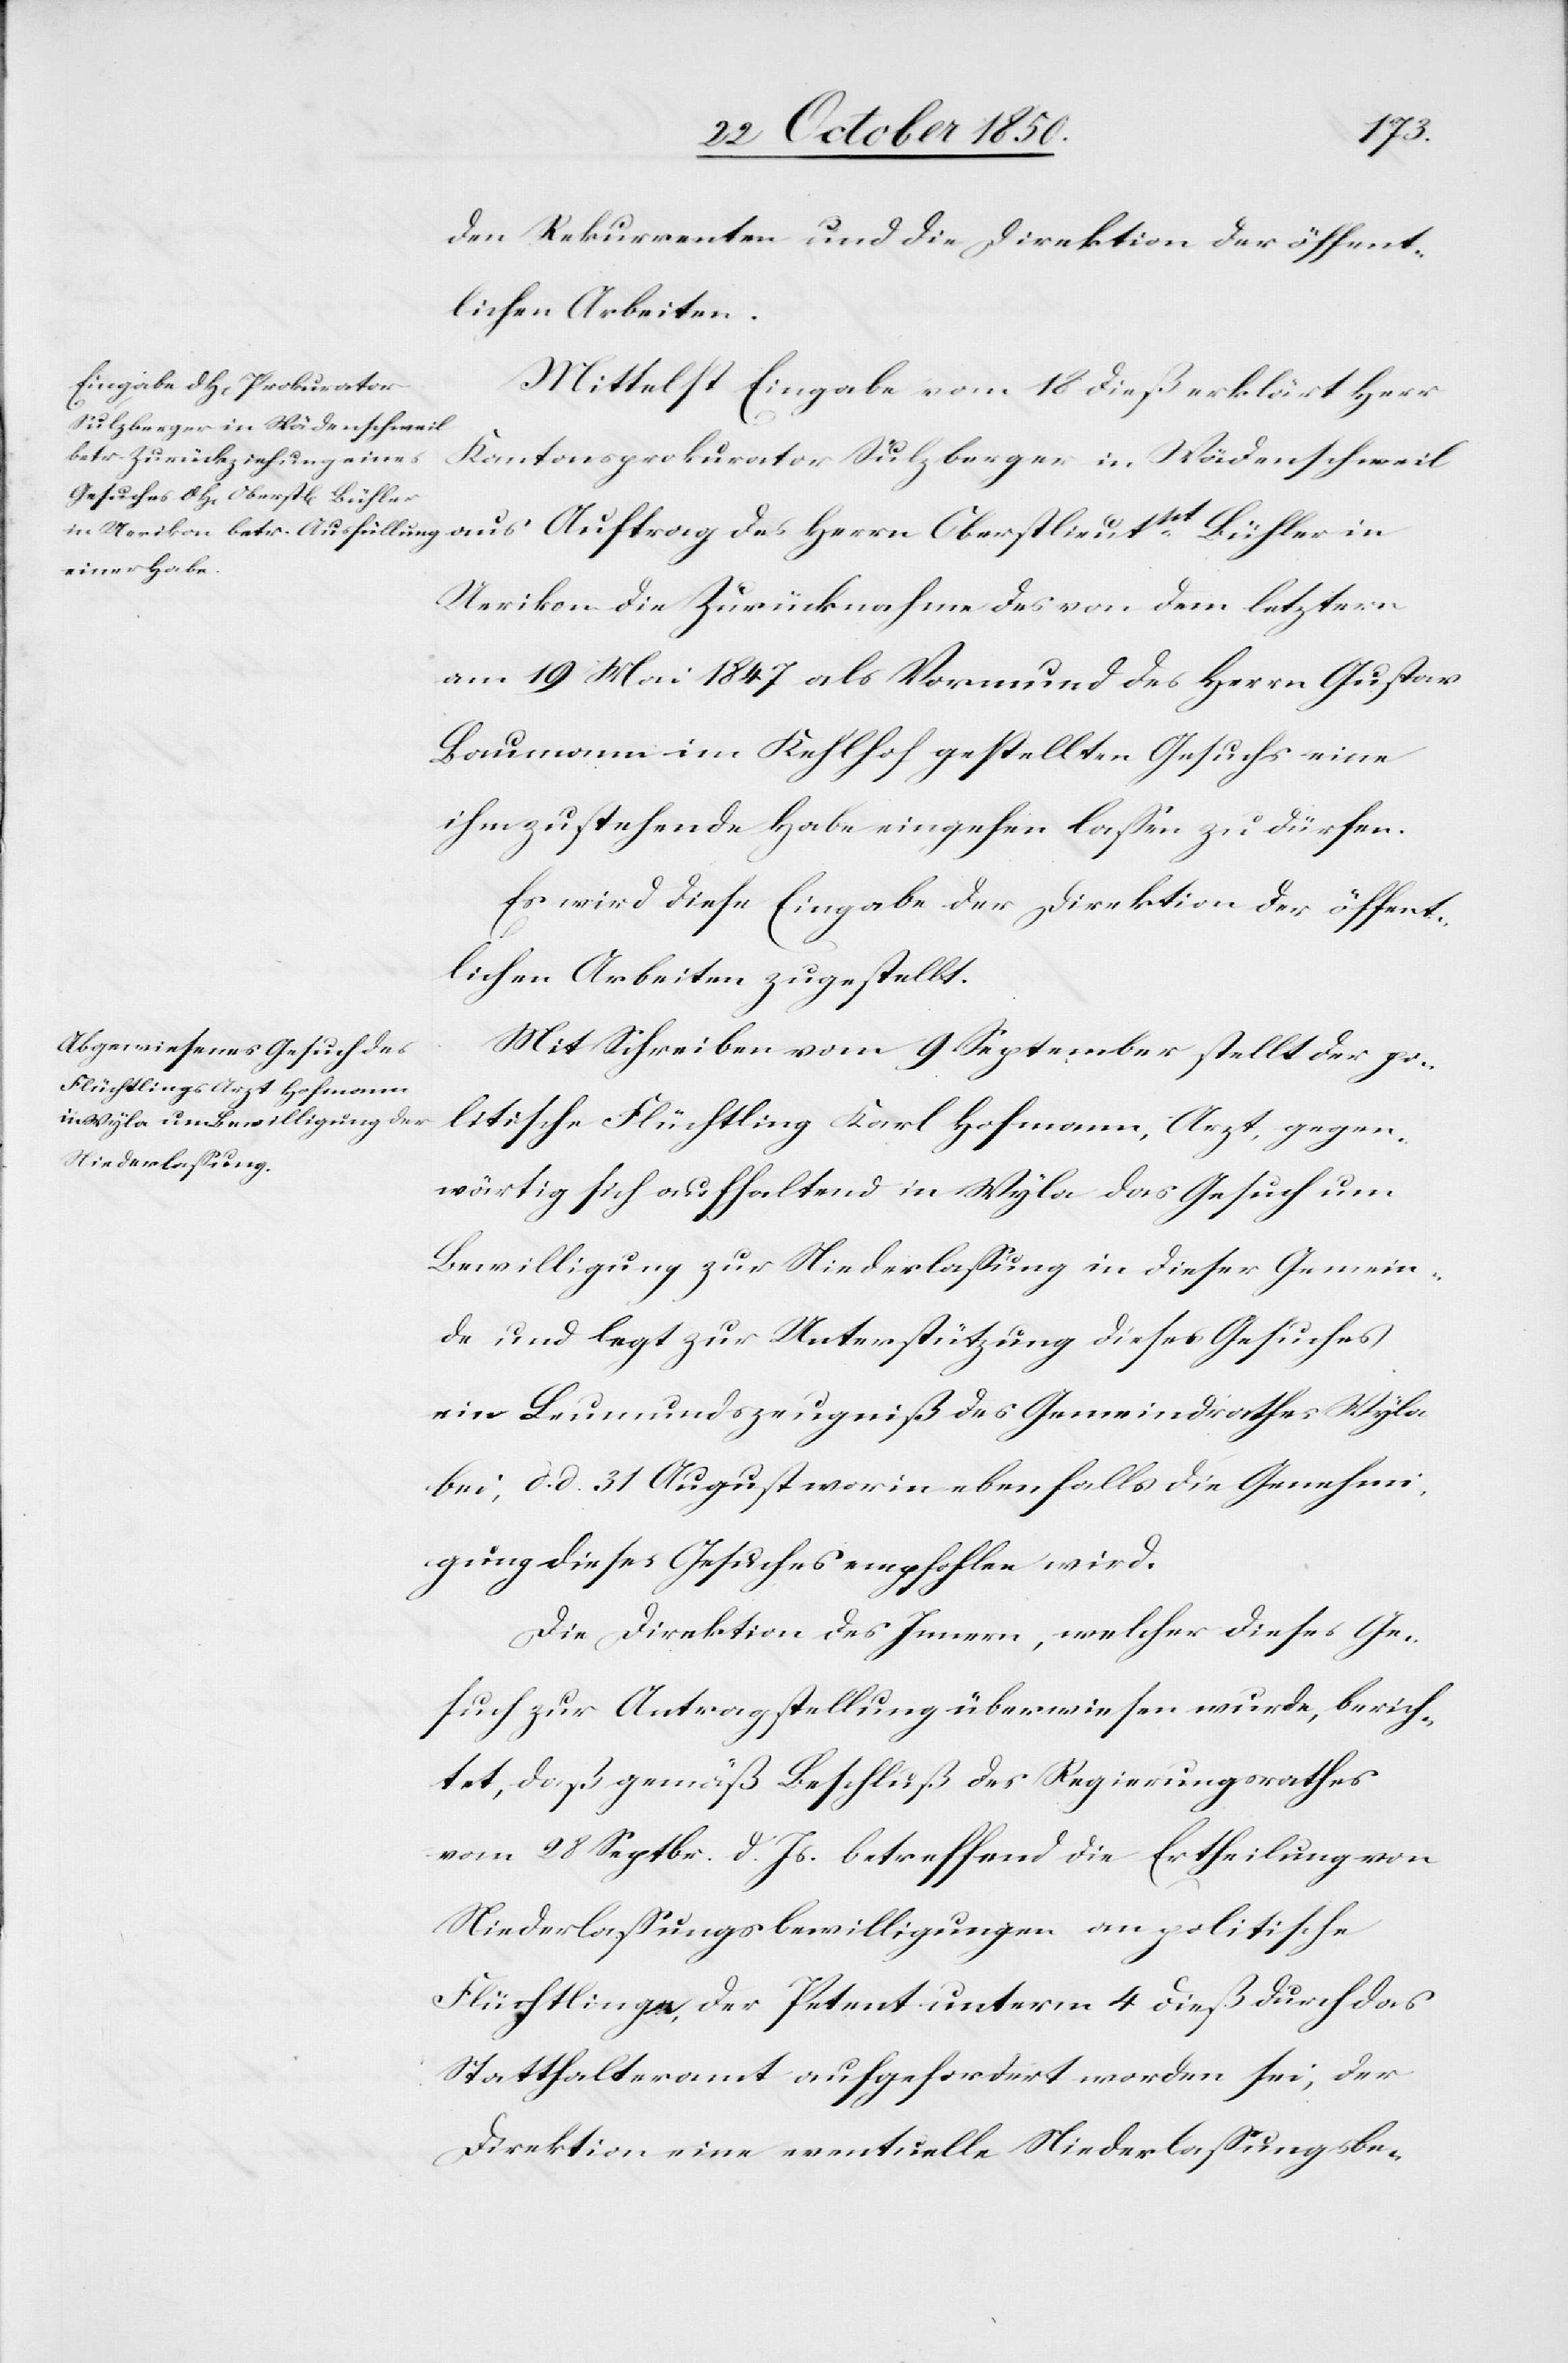
den Rekurrenten und die Direktion der öffent¬
lichen Arbeiten.
Mittelst Eingabe vom 18 dieß erklärt Herr
Kantonsprokurator Sulzberger in Wädenschweil
Uerikon die Zurücknahme des von dem letztern
am 19 Mai 1847 als Vormund des Herrn Gustav
Baumann im Kehlhof gestellten Gesuchs eine
ihm zustehende Habe eingehen lassen zu dürfen.
Es wird diese Eingabe der Direktion der öffent¬
lichen Arbeiten zugestellt.
Mit Schreiben vom 9 September stellt der po¬
litische Flüchtling Karl Hofmann, Arzt, gegen¬
wärtig sich aufhaltend in Wyla das Gesuch um
Bewilligung zur Niederlassung in dieser Gemein¬
de und legt zur Unterstützung dieses Gesuches
ein Leumundszeugniß des Gemeindrathes Wyla
bei, d. d. 31 August worin ebenfalls die Genehmi¬
gung dieses Gesuches empfohlen wird.
Die Direktion des Innern, welcher dieses Ge¬
such zur Antragstellung überwiesen wurde, berich¬
tet, daß gemäß Beschluß des Regierungsrathes
vom 28 Septbr. d. Js. betreffend die Ertheilung von
Niederlassungsbewilligungen an politische
Flüchtlinge, der Petent unterm 4 dieß durch das
Statthalteramt aufgefordert worden sei, der
Direktion eine eventuelle Niederlassungsbe-